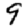
Digit: 9